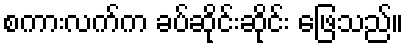
စကားလက်က ခပ်ဆိုင်းဆိုင်း ဖြေသည်။